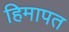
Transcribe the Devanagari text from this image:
हिमापत